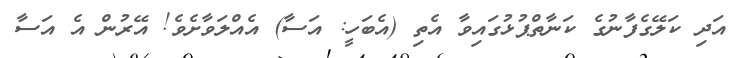
އަދި ކަލޭގެފާނުގެ ކަނާތްޕުޅުގައިވާ އެތި (އެބަހީ: އަސާ) އެއްލަވާށެވެ! އޭރުން އެ އަސާ